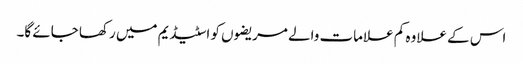
اس کے علاوہ کم علامات والے مریضوں کو اسٹیڈیم میں رکھا جائے گا۔